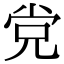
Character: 党